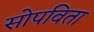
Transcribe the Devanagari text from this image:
सोपविता